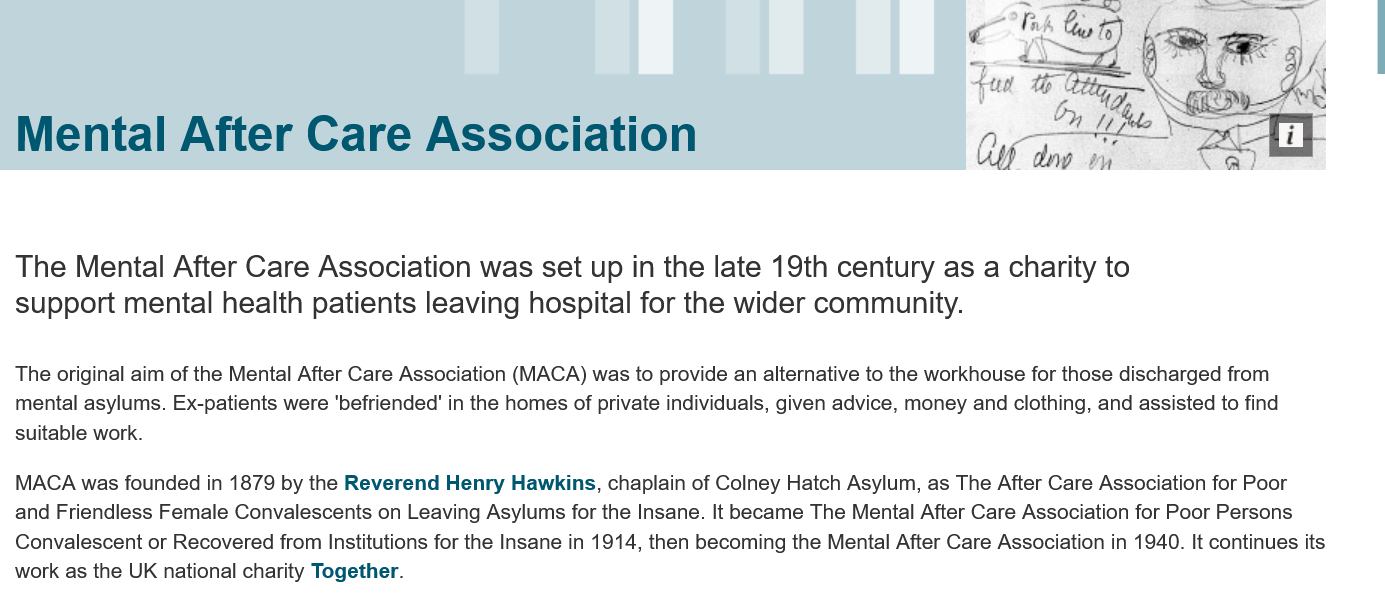
Mental    After    Care    Association
  The   Mental  After  Care   Association    was set up    in the late 19th  century   as  a charity  to
  support   mental   health  patients   leaving  hospital  for the  wider  community.
  The original aim of the Mental After Care Association (MACA) was to provide an alternative to the workhouse for those discharged from
  mental asylums. Ex-patients were ‘befriended’ in the homes of private individuals, given advice, money and clothing, and assisted to find
  suitable work.
  MACA was founded in 1879 by the Reverend Henry Hawkins, chaplain of Colney Hatch Asylum, as The After Care Association for Poor
  and Friendless Female Convalescents on Leaving Asylums for the Insane. It became The Mental After Care Association for Poor Persons
  Convalescent or Recovered from Institutions for the Insane in 1914, then becoming the Mental After Care Association in 1940. It continues its
  work as the UK national charity Together.